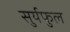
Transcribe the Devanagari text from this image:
सुर्यफुल